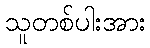
သူတစ်ပါးအား